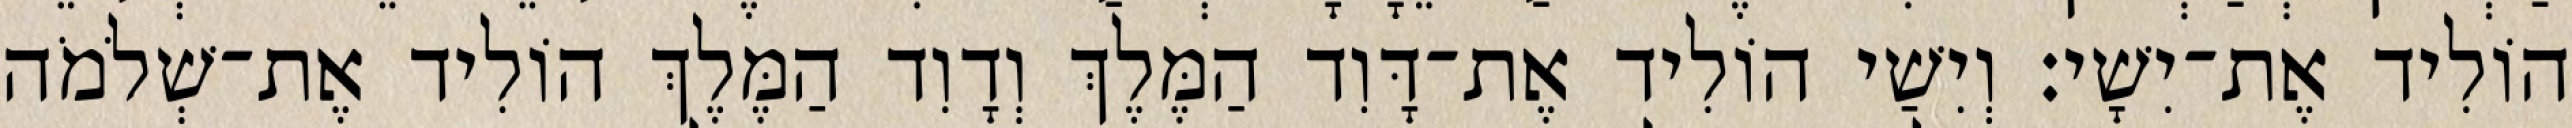
הוֹלִיד אֶת־יִשָׁי׃ וְיִשַׁי הוֹלִיד אֶת־דָּוִד הַמֶּלֶךְ וְדָוִד הַמֶּלֶךְ הוֹלִיד אֶת־שְׁלֹמֹה